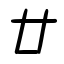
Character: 廿